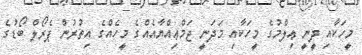
މީހަކާއި ދީނީ ޢިލްމުގެ މީހަކާއި މަދަނީ ޖަމްޢިއްޔާއެއްގެ މީހެއްގެ އިތުރުން ޕެރޯލް ބޯޑުގެ